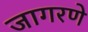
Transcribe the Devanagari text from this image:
जागरणे